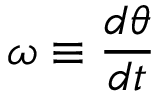
\omega \equiv { \frac { d \theta } { d t } }